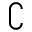
\complement